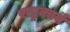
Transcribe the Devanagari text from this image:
राष्ट्रकार्य